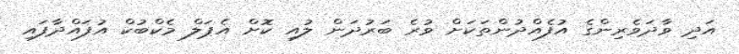
އަދި ވާދަވެރިންގެ އުފެއްދުންތަކަށް ވުރެ ބަރުދަން ލުއި ކޮށް އެޕަލް މެކްބުކް އުފައްދާފައި